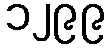
၁၂၉၉